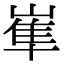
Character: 𡺾